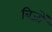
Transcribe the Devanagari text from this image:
बिजों